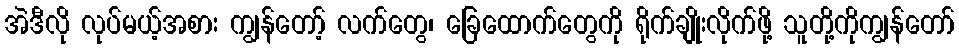
အဲဒီလို လုပ်မယ့်အစား ကျွန်တော့် လက်တွေ၊ ခြေထောက်တွေကို ရိုက်ချိုးလိုက်ဖို့ သူတို့ကိုကျွန်တော်